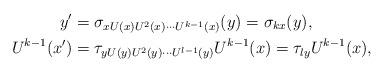
LaTeX: \begin{align*}y'&= \sigma_{x U(x) U^2(x) \cdots U^{k-1}(x)}(y) = \sigma_{kx}(y),\\U^{k-1}(x') &= \tau_{y U(y) U^2(y) \cdots U^{l-1}(y)}U^{k-1}(x) = \tau_{ly}U^{k-1}(x),\end{align*}